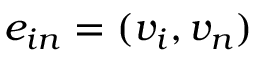
e _ { i n } = ( v _ { i } , v _ { n } )